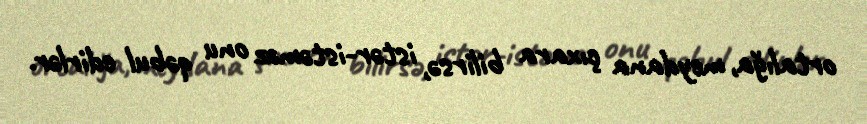
ortalığa, meydana çıxara bilirsə, istər-istəməz onu qəbul edirlər.